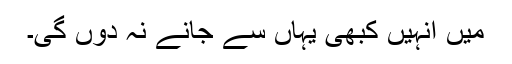
میں انہیں کبھی یہاں سے جانے نہ دوں گی۔